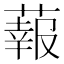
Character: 蕔